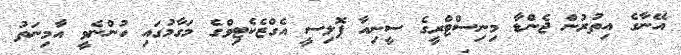
އޭނާގެ އިތުރުން ޖެންޑާ މިނިސްޓްރީގެ ސީނިއާ ޕޮލިސީ އެގްޒެކެޓިވްގެ މަގާމުގައި ހުންނެވީ އާމިނަތު